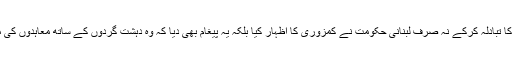
مزید یہ کہ قیدیوں کا تبادلہ کرکے نہ صرف لبنانی حکومت نے کمزوری کا اظہار کیا بلکہ یہ پیغام بھی دیا کہ وہ دہشت گردوں کے ساتھ معاہدوں کی مخالفت نہیں کرتی۔